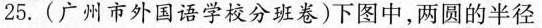
25.(广州市外国语学校分班卷)下图中，两圆的半径